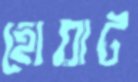
হোয়াট